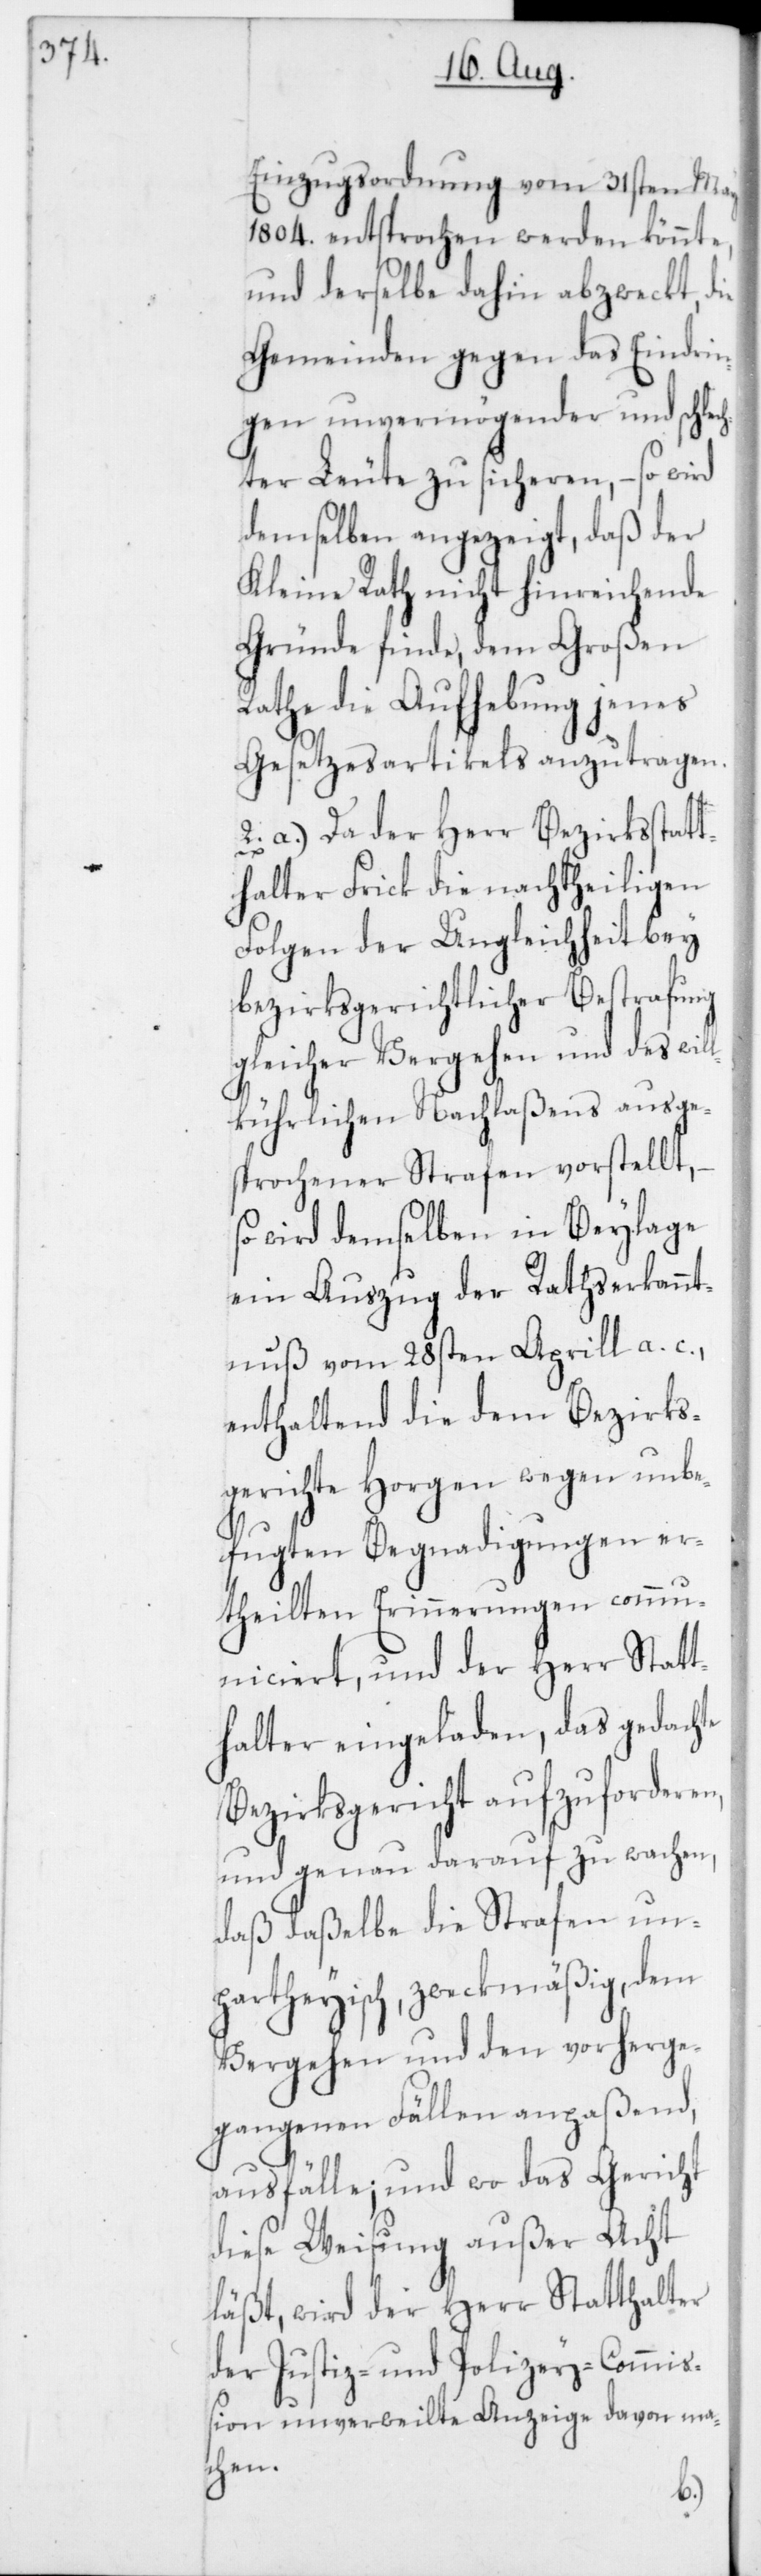
Einzugsordnung vom 31sten May
1804. entsprochen werden könnte,
und derselbe dahin abzweckt, die
Gemeinden gegen das Eindrin¬
gen unvermögender und schlec¬
hter Leute zu sicheren, – so wird
demselben angezeigt, daß der
Kleine Rath nicht hinreichende
Gründe finde, dem Großen
Rathe die Aufhebung jenes
Gesetzesartikels anzutragen.
2. a) Da der Herr Bezirksstatt¬
halter Frick die nachtheiligen
Folgen der Ungleichheit bey
bezirksgerichtlicher Bestrafung
gleicher Vergehen und des wil¬
lkührlichen Nachlaßens ausge¬
sprochener Strafen vorstellt,
wird demselben in Beylage
ein Auszug der Rathserkannt¬
nuß vom 28sten Aprill a. c.,
enthaltend die dem Bezirks¬
gerichte Horgen wegen unbe¬
fugten Begnadigungen er¬
theilten Erinnerungen comm¬
uniciert, und der Herr Statt¬
halter eingeladen, das gedachte
Bezirksgericht aufzuforderen,
und genau darauf zu wachen,
daß daßelbe die Strafen un¬
partheyisch, zweckmäßig, dem
Vergehen und den vorherge¬
gangenen Fällen anpaßend
ausfälle, und wo das Gericht
diese Weisung außer Acht
läßt, wird der Herr Statthalter
der Justiz- und Polizey-Commiß¬
ion unverweilte Anzeige davon ma¬
chen.